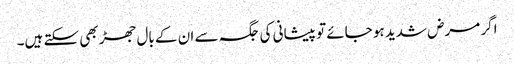
اگر مرض شدید ہو جائے تو پیشانی کی جگہ سے ان کے بال جھڑ بھی سکتے ہیں۔